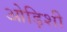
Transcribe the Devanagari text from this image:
ओड़िशी